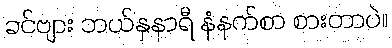
ခင်ဗျား ဘယ်နှနာရီ နံနက်စာ စားတာပဲ။